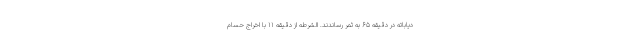
دیاباته در دقیقه ۶۵ به ثمر رساندند. الشرطه از دقیقه ۱۱ با اخراج حسام